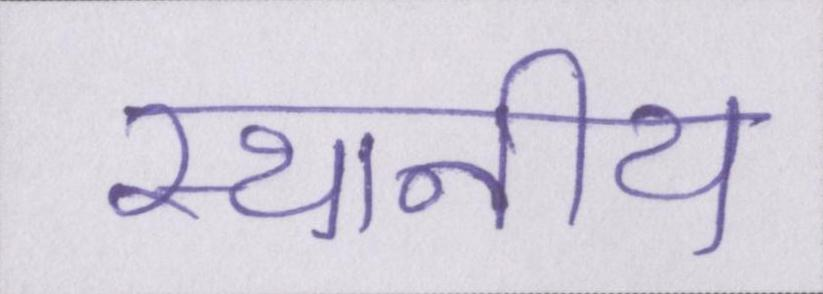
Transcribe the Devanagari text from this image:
स्थानीय